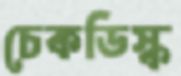
চেকডিস্ক